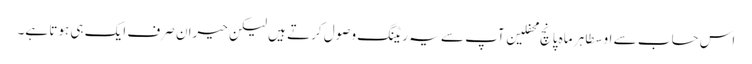
اس حساب سے اوسطا ہر ماہ پانچ محفلین آپ سے یہ ریٹنگ وصول کرتے ہیں لیکن حیران صرف ایک ہی ہوتا ہے۔